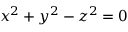
x ^ { 2 } + y ^ { 2 } - z ^ { 2 } = 0